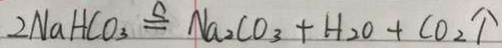
2 N a H C O _ { 3 } \xlongequal { \Delta } N a _ { 2 } C O _ { 3 } + H _ { 2 } O + C O _ { 2 } \uparrow